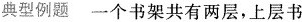
典型例题 一个书架共有两层，上层书